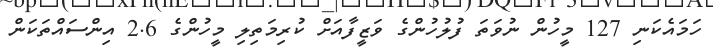
ހަމައެކަނި 127 މީހުން ނުވަތަ ފުލުހުންގެ ވަޒީފާއަށް ކުރިމަތިލި މީހުންގެ 2.6 އިންސައްތަކަން